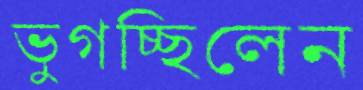
ভুগচ্ছিলেন